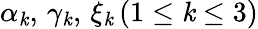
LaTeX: \alpha_{\mathit{k}},\, \gamma_{\mathit{k}},\, \xi_{\mathit{k}}\, (1\leq\mathit{k}\leq3)